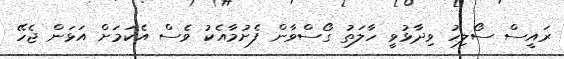
ރައީސް ސޯލިހު ވިދާޅުވީ ހާލަތު ގޯސްވާން ފެށުމާއެކު ވެސް އެކަމަށް އަޅަން ޖެހޭ